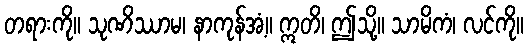
တရားကို။ သုဏိဿာမ၊ နာကုန်အံ့။ ဣတိ၊ ဤသို့။ သာမိကံ၊ လင်ကို။